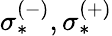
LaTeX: \sigma_{*}^{(-)},\sigma_{*}^{(+)}